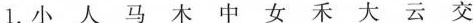
1.小 人 马 木 中 女 禾 大 云 交